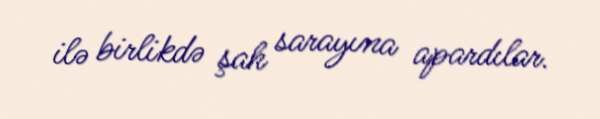
ilə birlikdə şah sarayına apardılar.